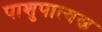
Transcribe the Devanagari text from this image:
पाशुपात्यस्त्र